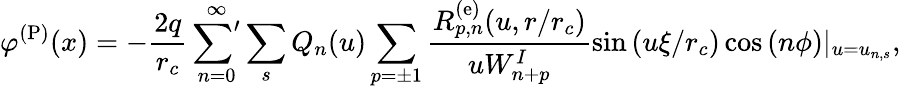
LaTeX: \varphi^{\mathrm{(P)}}(x)=-\frac{2q}{r_{c}}\sideset{}{'}{\sum}_{n=0}^{\infty}\sum_{s}Q_{n}(u)\sum_{p=\pm 1}\frac{R_{p,n}^{\mathrm{(e)}}(u,r/r_{c})}{uW_{n+p}^{I}}\sin\left(u\xi/r_{c}\right)\cos\left(n\phi\right)|_{u=u_{n,s}},